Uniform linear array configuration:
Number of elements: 8
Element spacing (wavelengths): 0.75
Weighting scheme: binomial
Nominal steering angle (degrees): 45
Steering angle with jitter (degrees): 43.509
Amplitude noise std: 0.05
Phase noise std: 0.05

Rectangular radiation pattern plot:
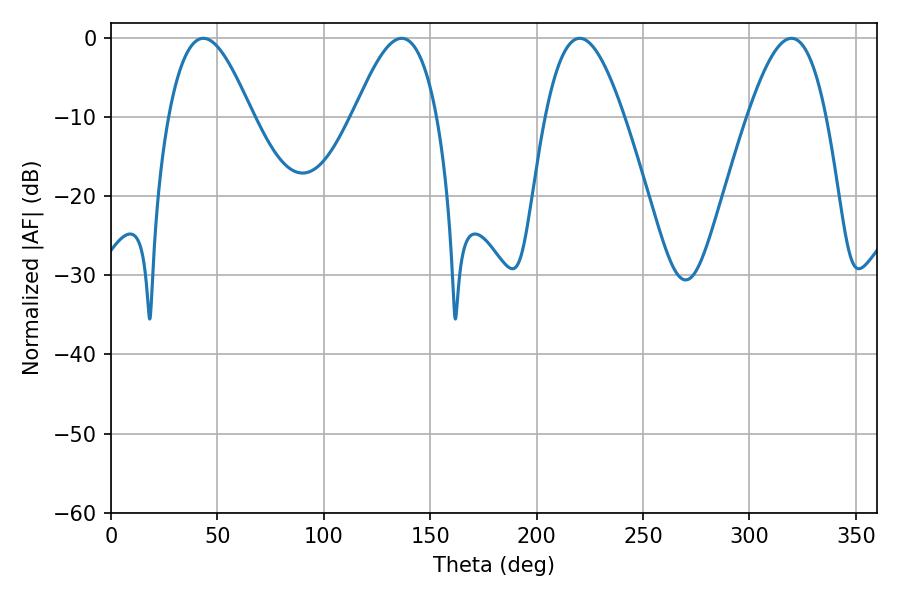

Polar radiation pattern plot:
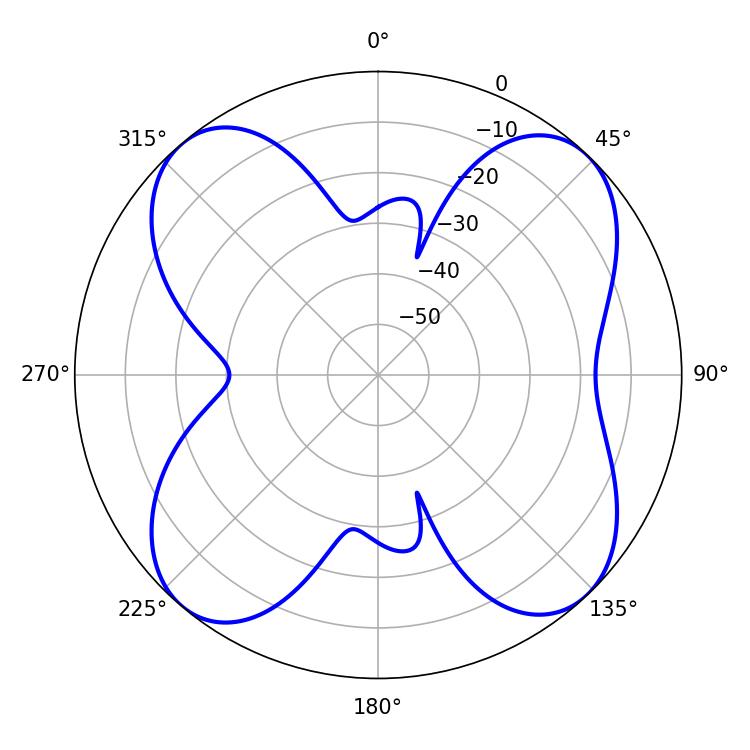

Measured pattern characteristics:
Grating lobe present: TRUE
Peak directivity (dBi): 13.804
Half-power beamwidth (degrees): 21.24
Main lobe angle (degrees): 43.38